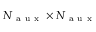
N _ { \mathrm { ~ a ~ u ~ x ~ } } \times N _ { \mathrm { ~ a ~ u ~ x ~ } }